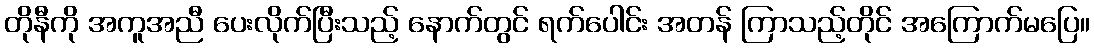
တိုနီကို အကူအညီ ပေးလိုက်ပြီးသည့် နောက်တွင် ရက်ပေါင်း အတန် ကြာသည့်တိုင် အကြောက်မပြေ။